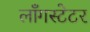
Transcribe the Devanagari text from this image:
लाँगस्टेटर